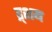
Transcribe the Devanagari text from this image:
द्र्शय